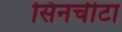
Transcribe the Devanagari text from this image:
सिनचीटा